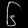
Digit: ၆